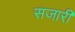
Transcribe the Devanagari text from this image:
सजारी